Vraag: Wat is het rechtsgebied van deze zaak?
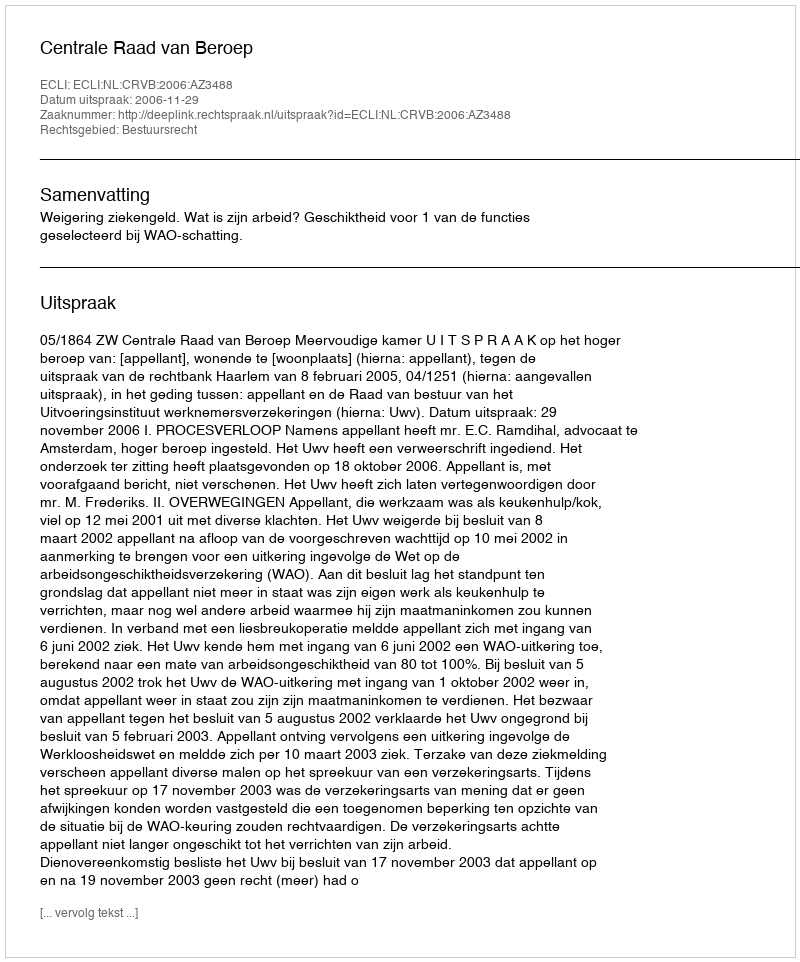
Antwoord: Bestuursrecht